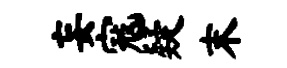
妄寇疑末